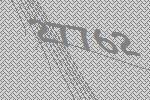
27762